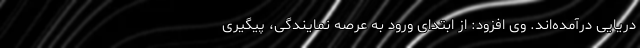
دریایی درآمده‌اند. وی افزود: از ابتدای ورود به عرصه نمایندگی، پیگیری